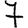
Digit: 7